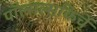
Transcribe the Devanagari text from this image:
पॉल्सल्सकिर्चे